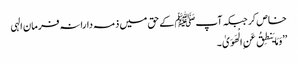
خاص کر جبکہ آپﷺ کے حق میں ذمہ دارانہ فرمان الہی
’’وَمَا یَنطِقُ عَنِ الْهَوَیٰ ۔